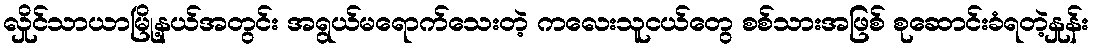
လှိုင်သာယာမြို့နယ်အတွင်း အရွယ်မရောက်သေးတဲ့ ကလေးသူငယ်တွေ စစ်သားအဖြစ် စုဆောင်းခံရတဲ့နှုန်း